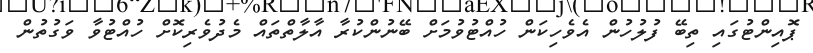
ޕޮއިންޓުގައި ތިބޭ ފުލުހުން އެވެހިކަން ހުއްޓުވުމަށް ބޭނުންކުރާ އާލާތްތައް މެދުވެރިކޮށް ހުއްޓުވާ ވަގުތުން